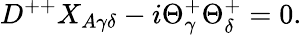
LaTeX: D^{++}X_{A\gamma\delta}-i\Theta_{\gamma}^{+}\Theta_{\delta}^{+}=0.